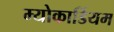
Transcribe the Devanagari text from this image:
म्योकार्डियम